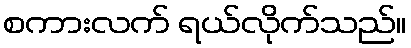
စကားလက် ရယ်လိုက်သည်။